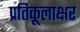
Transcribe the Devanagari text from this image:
प्रतिकूलाक्षर